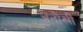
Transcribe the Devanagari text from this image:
अनोखीं